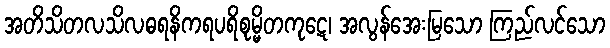
အတိသိတလသိလဓရနိကရပရိစုမ္မိတကုဋေ၊ အလွန်အေးမြသော ကြည်လင်သော